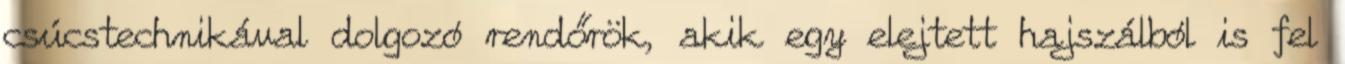
csúcstechnikával dolgozó rendőrök, akik egy elejtett hajszálból is fel